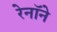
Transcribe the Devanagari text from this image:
रेनॉने